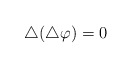
\begin{align*}\bigtriangleup (\bigtriangleup \varphi )=0 \end{align*}